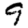
Digit: 9